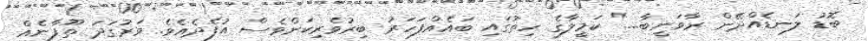
ބޮޑު ލަނޑެއްދޭން ރާވަނީބާ...." ކަމީލާގެ ހިތުގައި ބައެއްފަހަރު ބިރުވެރިކަންވެސް އުފެދެއެވެ. ވަރުގަދަ ތޫފާނެއް